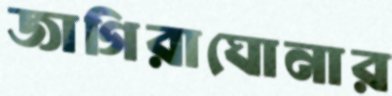
জাগিরাঘোনার